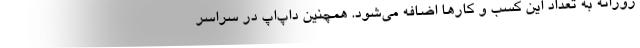
روزانه به تعداد این کسب و کارها اضافه می‌شود. همچنین داپ‌اَپ در سراسر